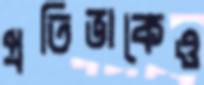
প্রতিভাকেও